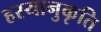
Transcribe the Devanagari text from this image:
हस्यानुकृति